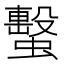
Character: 蟿